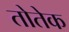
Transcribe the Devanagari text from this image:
तोतेक